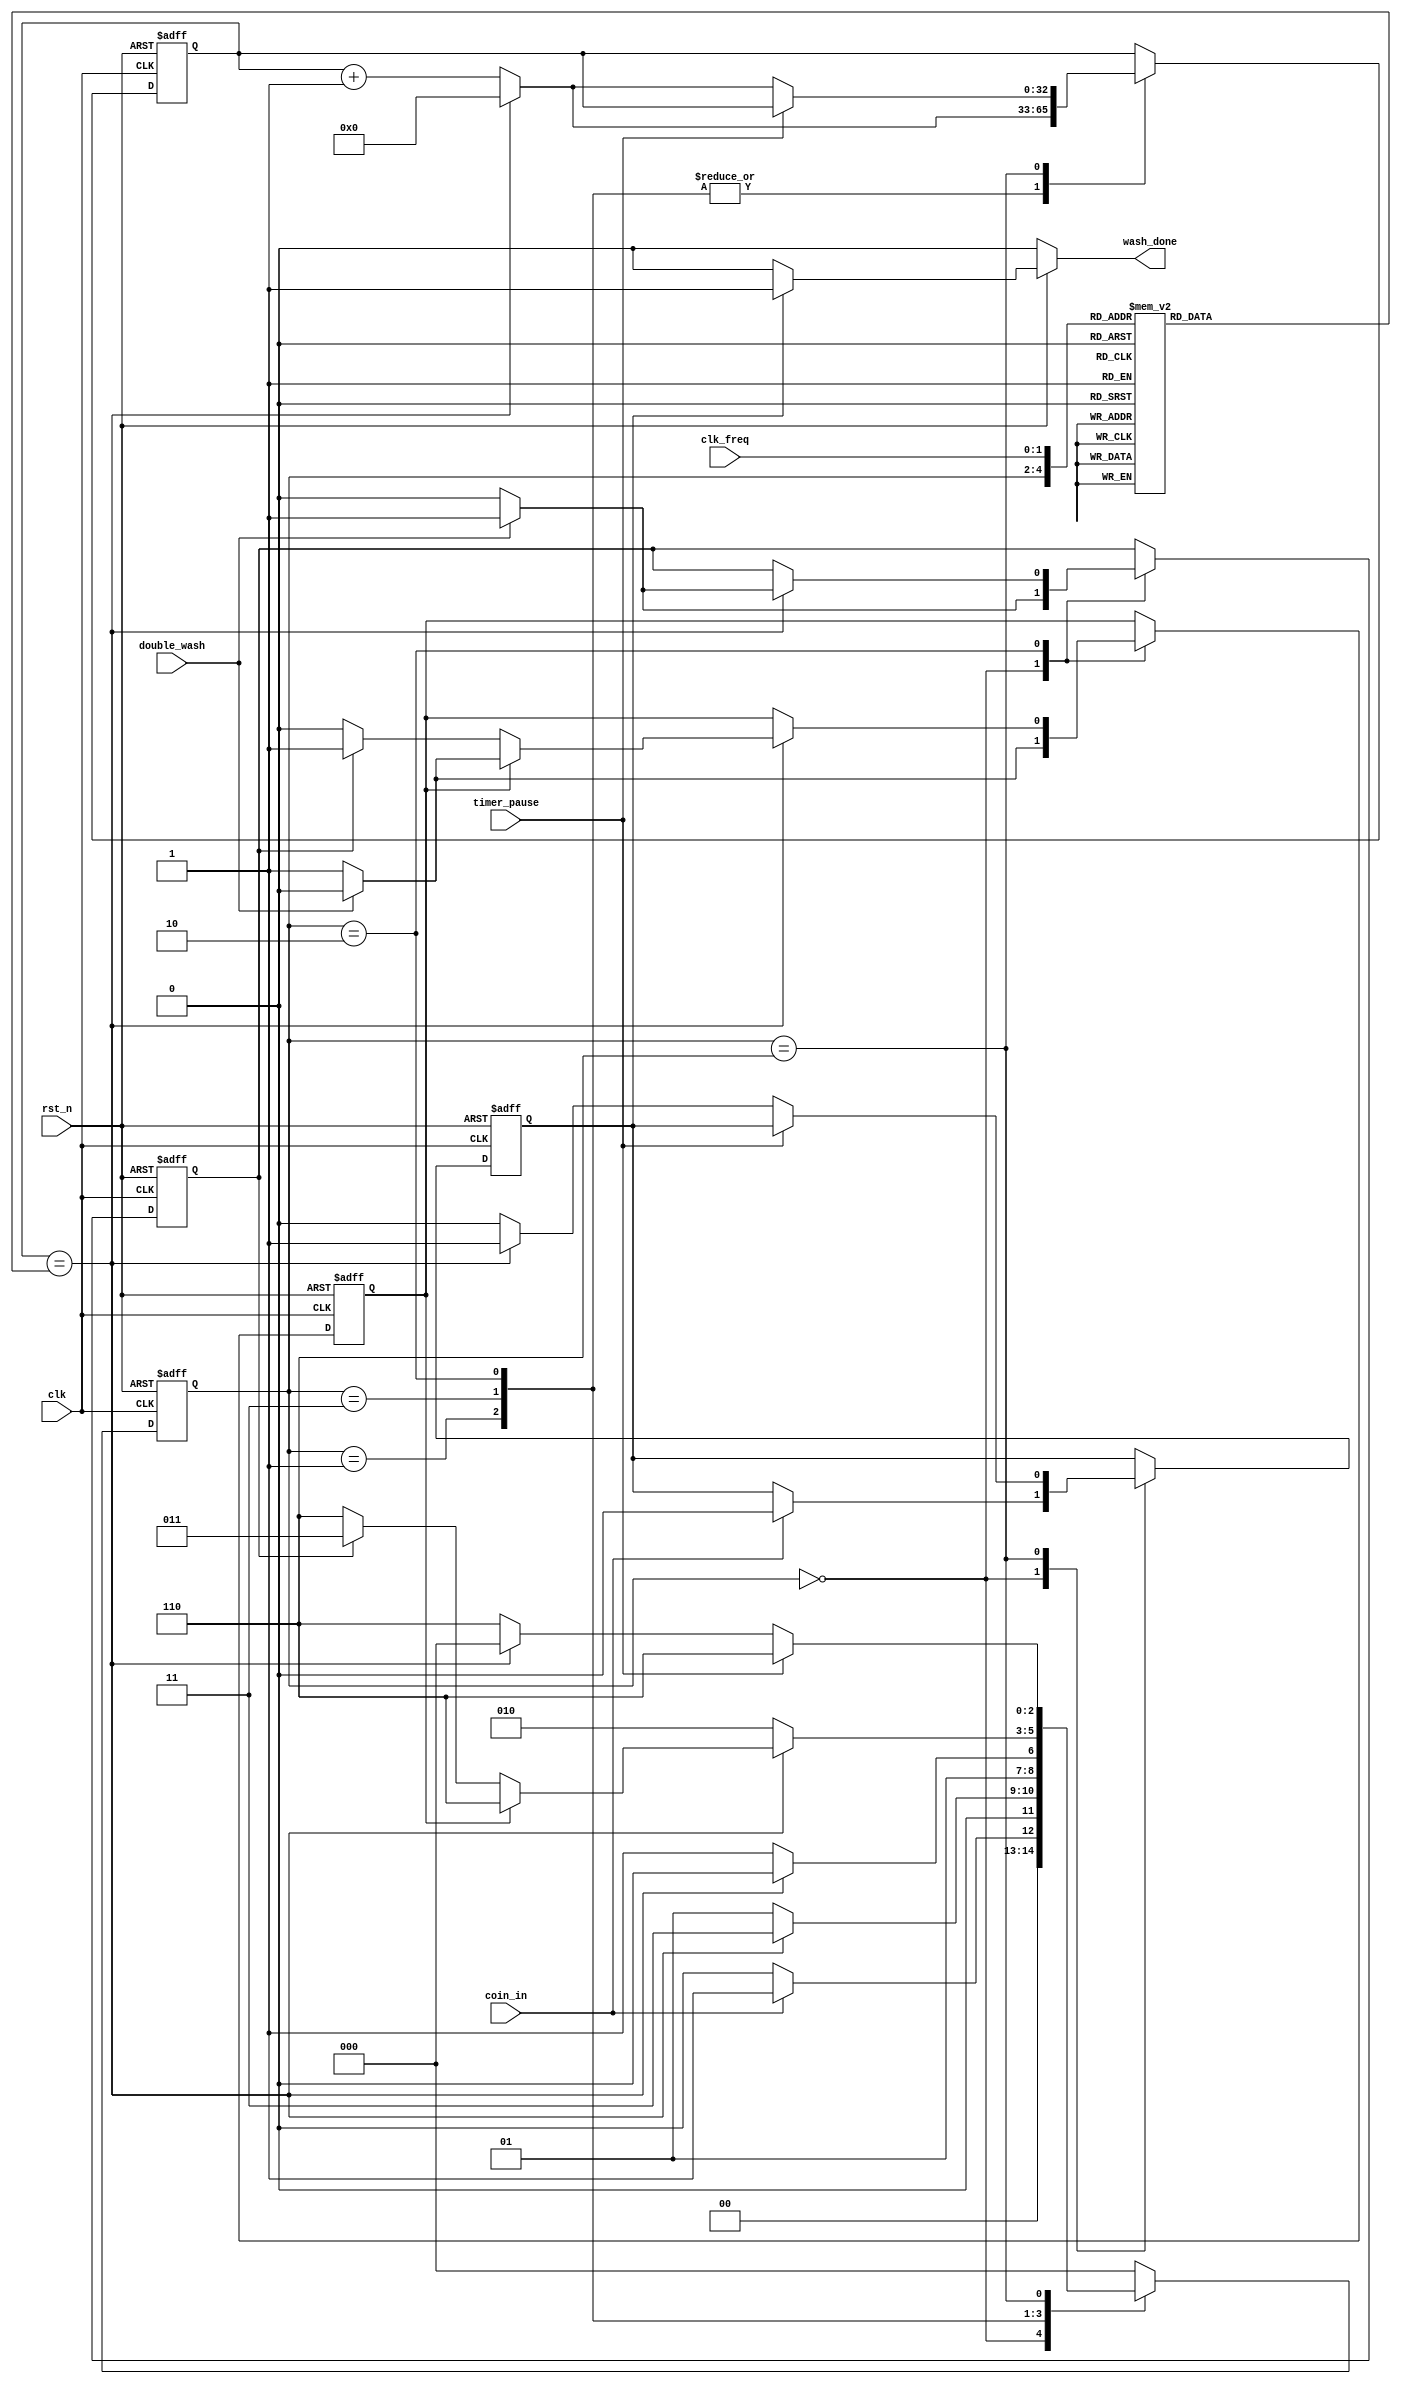
//  INFO.: Undergraduate ECE student, Alexandria university, Egypt.
//  AUTHOR'S EMAIL: majiidd17@icloud.com
//  TYPE: module.
//  KEYWORDS: Washing Machine Controller, Asynchronous Active low Reset, multiple clock frequency.
//  PURPOSE: An RTL modelling for a Washing Machine, controlled by an FSM.
//  Copyright 2022, Mohamed Maged, All rights reserved.

module washing_machine (
    input wire rst_n,           //  Active low Asynchronous reset.
    input wire clk,             //  System's clock.
    input wire [1:0] clk_freq,  //  Input Clock Frequency Configuration Code.
    input wire coin_in,         //  Asserted when a coin is deposited.
    input wire double_wash,     //  Asserted if the user requires double wash option.
    input wire timer_pause,     //  When it's set to 1 spinning phase's paused until de-asserted.


    output reg wash_done        //  Active high output asserted when spinning is done.
);

//  Internal regs and wires
reg [2:0]   next_state;
reg [32:0]  timer_count;
reg [32:0]  timer_ticks;
reg         double_wash_begin;
reg         double_wash_done;
reg         spinning_done;

//  state encoding using gray code
localparam IDLE          = 3'b000,
           FILLING_WATER = 3'b001,
           WASHING       = 3'b011,
           RINSING       = 3'b010,
           SPINNING      = 3'b110;

//  encoding for the different frequency configurations
localparam FREQ_1MHZ = 2'b00,
           FREQ_2MHZ = 2'b01,
           FREQ_4MHZ = 2'b10,
           FREQ_8MHZ = 2'b11;

//  encoding for the 16 states of the timer value
localparam FILLING_1MHZ  = {FILLING_WATER,FREQ_1MHZ},
           FILLING_2MHZ  = {FILLING_WATER,FREQ_2MHZ},
           FILLING_4MHZ  = {FILLING_WATER,FREQ_4MHZ},
           FILLING_8MHZ  = {FILLING_WATER,FREQ_8MHZ},

           WASHING_1MHZ  = {WASHING,FREQ_1MHZ},
           WASHING_2MHZ  = {WASHING,FREQ_2MHZ},
           WASHING_4MHZ  = {WASHING,FREQ_4MHZ},
           WASHING_8MHZ  = {WASHING,FREQ_8MHZ},

           RINSING_1MHZ  = {RINSING,FREQ_1MHZ},
           RINSING_2MHZ  = {RINSING,FREQ_2MHZ},
           RINSING_4MHZ  = {RINSING,FREQ_4MHZ},
           RINSING_8MHZ  = {RINSING,FREQ_8MHZ},

           SPINNING_1MHZ = {SPINNING,FREQ_1MHZ},
           SPINNING_2MHZ = {SPINNING,FREQ_2MHZ},
           SPINNING_4MHZ = {SPINNING,FREQ_4MHZ},
           SPINNING_8MHZ = {SPINNING,FREQ_8MHZ};

//  next state logic
always @(posedge clk, negedge rst_n) begin
    if(~rst_n)
    begin
        next_state        <= IDLE;
        timer_count       <= 32'd0;
        double_wash_done  <= 1'b0;
        double_wash_begin <= 1'b0;
        spinning_done     <= 1'b0;
    end
    else
    begin
        case (next_state)
            // Starts when a coin is deposited.
            IDLE : 
            begin
                //  checks if the user requires a double wash  
                if(double_wash)
                begin
                    double_wash_begin <= 1'b1;
                    double_wash_done  <= 1'b0;
                end
                else
                begin
                    //  skipps the double wash operation
                    double_wash_begin <= 1'b0;
                    double_wash_done  <= 1'b1;
                end
                if(coin_in)
                begin
                    next_state     <= FILLING_WATER;
                    spinning_done  <= 1'b0;
                end
                else
                begin
                    next_state <= IDLE;
                end
            end
            // Filling water phase lasts for 2 minutes,
            // then automatically goes to washing phase.
            FILLING_WATER :
            begin
                if (timer_count == timer_ticks) 
                begin
                    timer_count <= 32'd0;
                    next_state  <= WASHING;
                end
                else
                begin
                    timer_count <= timer_count + 32'd1;
                    next_state  <= FILLING_WATER;
                end
            end
            // Washing phase lasts for 5 minutes,
            // then automatically goes to rinsing phase.
            WASHING :
            begin
                if(timer_count == timer_ticks) 
                begin
                    timer_count <= 32'd0;
                    next_state  <= RINSING;
                end
                else
                begin
                    timer_count <= timer_count + 32'd1;
                    next_state  <= WASHING;
                end
            end
            // rinsing phase lasts for 2 minutes, then if double wash is needed,
            // then it goes to wash phase for another cycle, if not, 
            // then it goes to spinning phase.
            RINSING :
            begin
                if(timer_count == timer_ticks) 
                begin
                    timer_count <= 32'd0;

                    //  checks again if the user still requires a double wash  
                    if(double_wash)
                    begin
                        double_wash_begin <= 1'b1;
                        double_wash_done  <= 1'b0;
                    end
                    else
                    begin
                        //  skipps the double wash operation
                        double_wash_begin <= 1'b0;
                        double_wash_done  <= 1'b1;
                    end

                    if(double_wash_done)
                    begin
                        next_state  <= SPINNING;
                    end
                    else
                    begin
                        if (double_wash_begin) 
                        begin
                            next_state       <= WASHING;
                            double_wash_done <= 1'b1;
                        end
                        else
                        begin
                            next_state       <= SPINNING;
                            double_wash_done <= 1'b0;
                        end
                    end
                end
                else
                begin
                    timer_count <= timer_count + 32'd1;
                    next_state  <= RINSING;
                end
            end
            // spinning phase lasts for 1 minutes, then if timer pause is needed,
            // the counter stops counting untill the timer pause is de-asserted,
            // afterwards it goes back to the idle state,
            // ready for coin to get deposited.
            SPINNING : 
            begin
                //  we only check the pause input in the spinning phase
                if(timer_pause)
                begin
                    timer_count <= timer_count;
                    next_state  <= SPINNING;
                end
                else
                begin
                    if(timer_count == timer_ticks) 
                    begin
                        timer_count   <= 32'd0;
                        spinning_done <= 1'b1;
                        next_state    <= IDLE;
                    end
                    else
                    begin
                        timer_count   <= timer_count + 32'd1;
                        spinning_done <= 1'b0;
                        next_state    <= SPINNING;
                    end
                end
            end
            
            default: next_state <= IDLE;
        endcase
    end
end

//  Output flag logic
always @(*) begin
    if(~rst_n)
    begin
        wash_done     <= 1'b0;
    end
    else if(spinning_done)
    begin
        wash_done     <= 1'b1;
    end
    else
    begin
        wash_done     <= 1'b0;
    end
end

//  16-1 MUX supports the final value of the timer 
//  to meet the required time at different clock frequencies.
always @(*) begin
    case ({next_state,clk_freq}) //(scaled)
        FILLING_1MHZ, RINSING_1MHZ : timer_ticks = 32'd120_000_000;   //  (2mins == 2*60) * 1MHz
        FILLING_2MHZ, RINSING_2MHZ : timer_ticks = 32'd240_000_000;   //  (2mins == 2*60) * 2MHz
        FILLING_4MHZ, RINSING_4MHZ : timer_ticks = 32'd480_000_000;   //  (2mins == 2*60) * 4MHz
        FILLING_8MHZ, RINSING_8MHZ : timer_ticks = 32'd960_000_000;   //  (2mins == 2*60) * 8MHz

        WASHING_1MHZ : timer_ticks = 32'd300_000_000;   //  (5mins == 5*60) * 1MHz
        WASHING_2MHZ : timer_ticks = 32'd600_000_000;   //  (5mins == 5*60) * 2MHz
        WASHING_4MHZ : timer_ticks = 32'd1200_000_000;  //  (5mins == 5*60) * 4MHz
        WASHING_8MHZ : timer_ticks = 32'd2400_000_000;  //  (5mins == 5*60) * 8MHz

        SPINNING_1MHZ : timer_ticks = 32'd60_000_000;   //  (1mins == 1*60) * 1MHz
        SPINNING_2MHZ : timer_ticks = 32'd120_000_000;  //  (1mins == 1*60) * 2MHz
        SPINNING_4MHZ : timer_ticks = 32'd240_000_000;  //  (1mins == 1*60) * 4MHz
        SPINNING_8MHZ : timer_ticks = 32'd480_000_000;  //  (1mins == 1*60) * 8MHz

        default: timer_ticks = 32'd0;
    endcase
end

endmodule